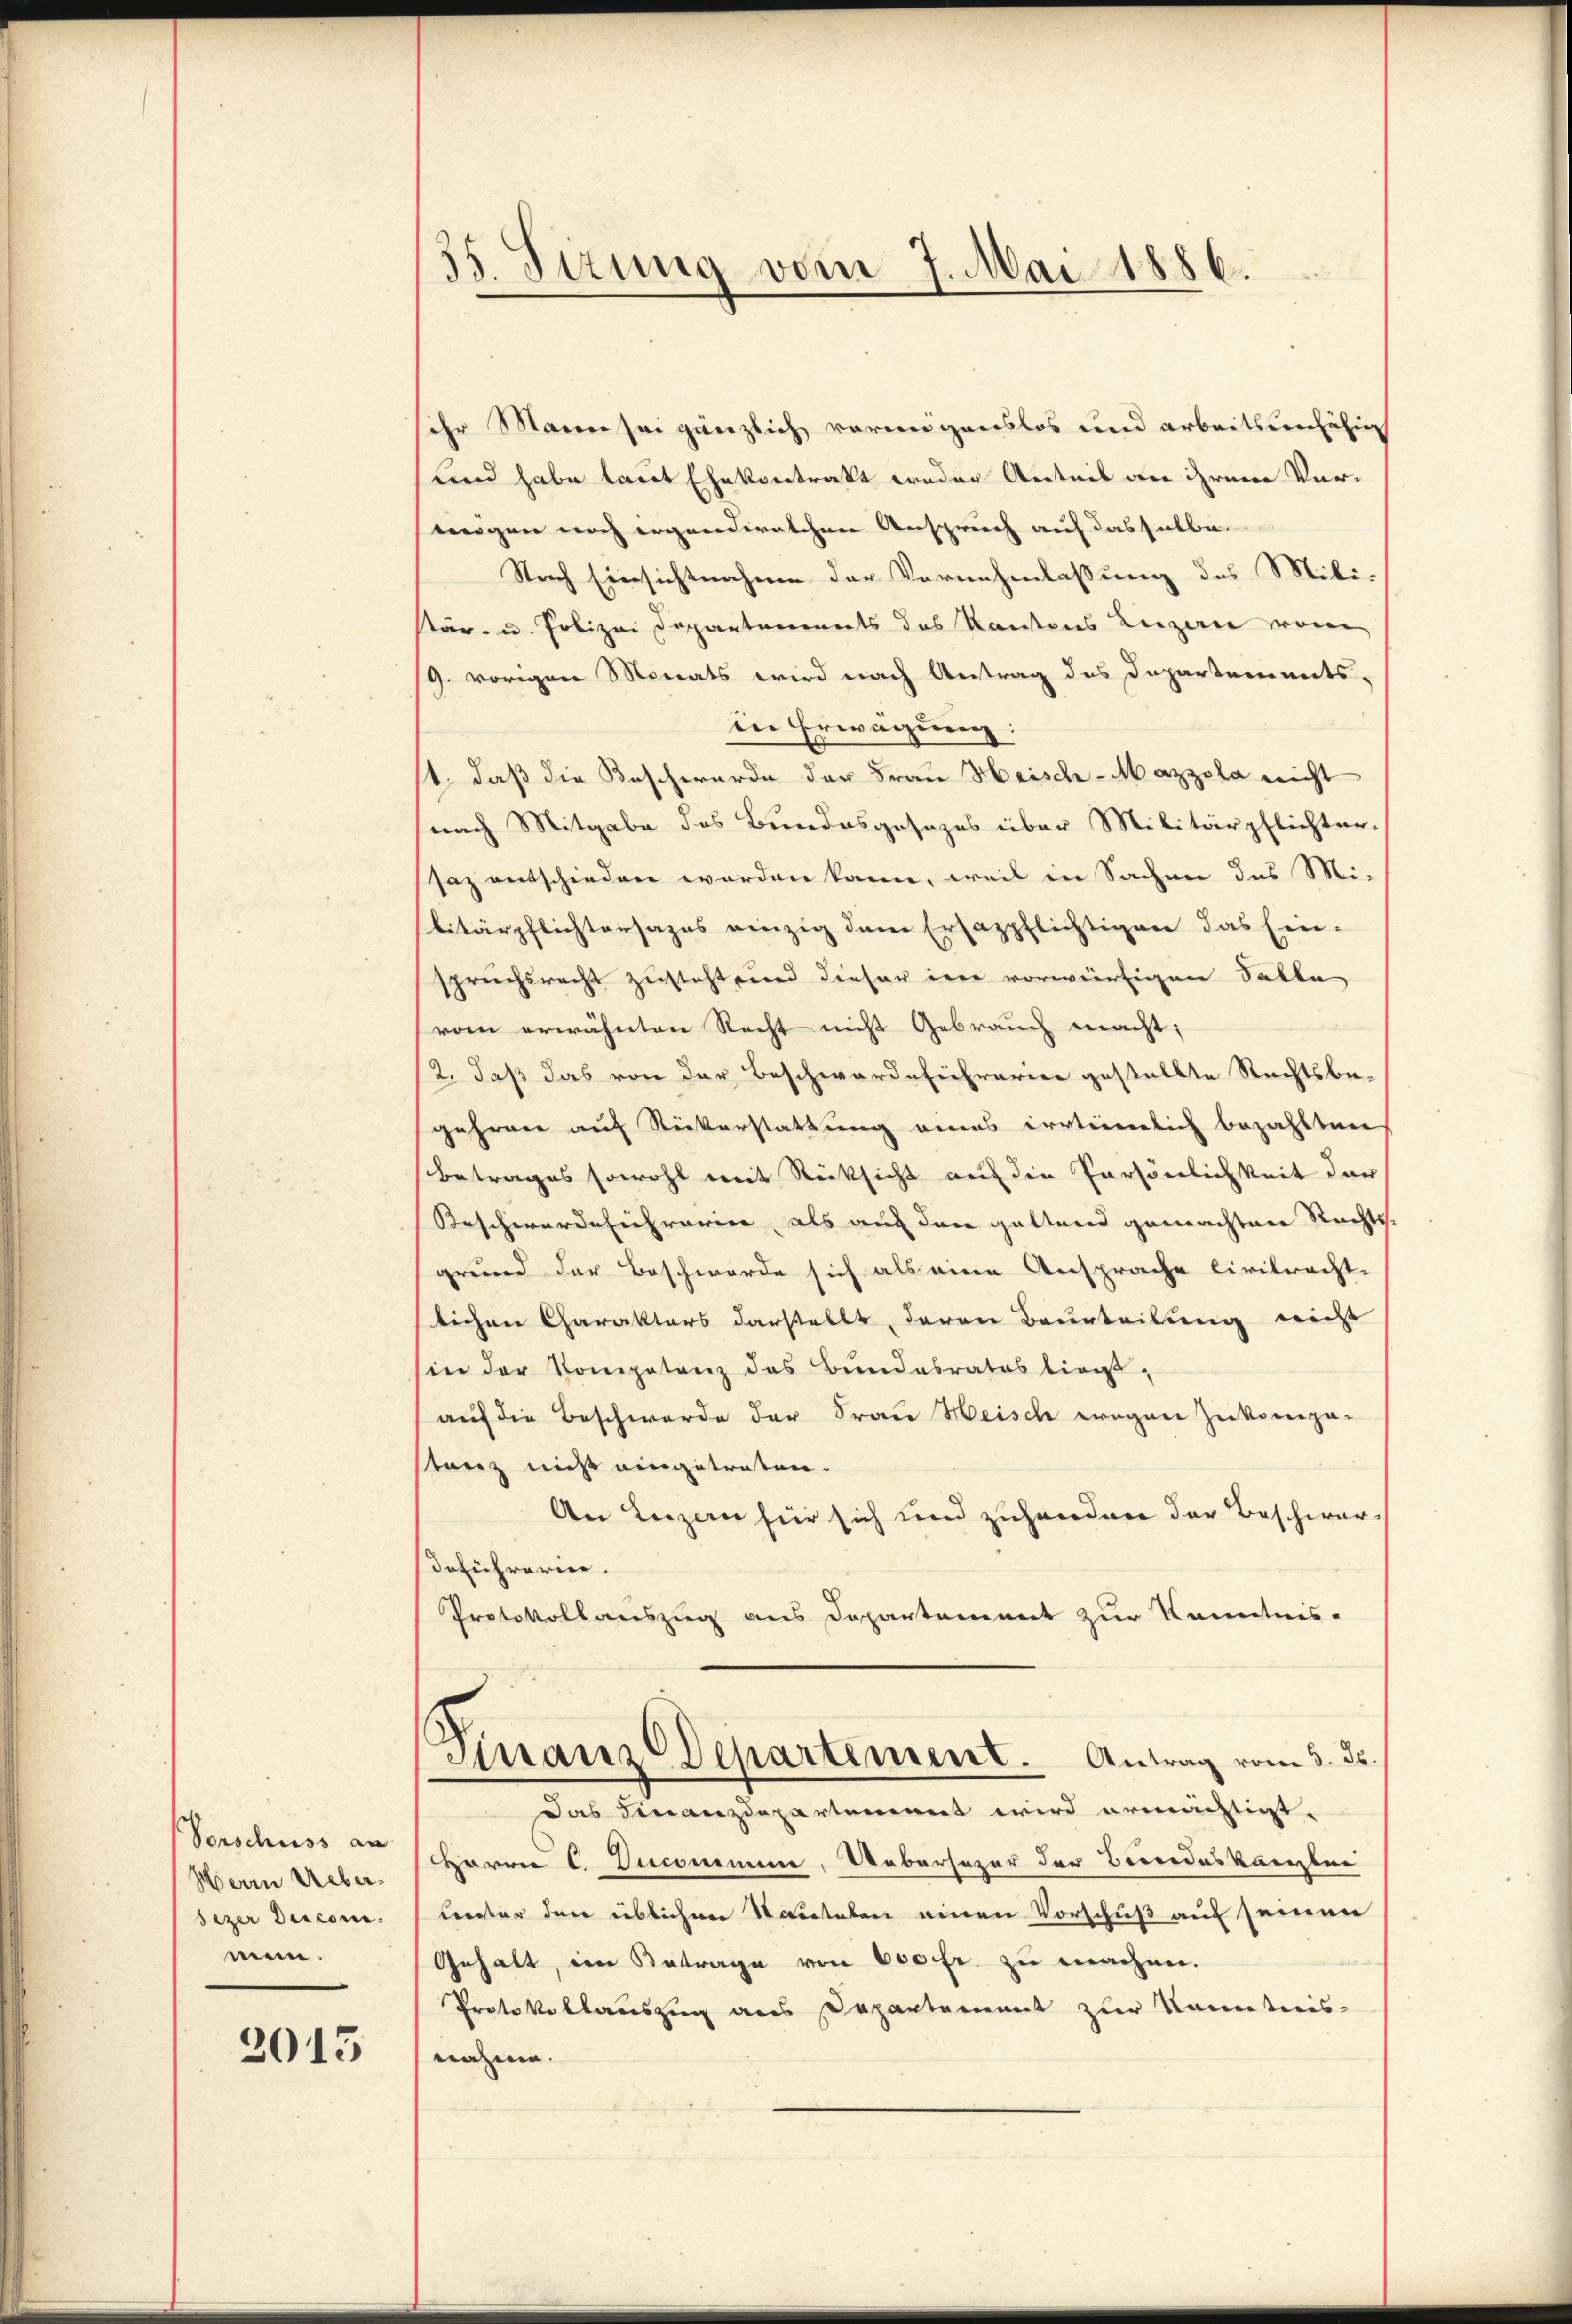
Vorschuss an
Herrn Uebersizer Decom
men.

2013

5. Sizung vom 7. Mai 1886.

ihr Marin sei gänzlich vermögenslos und arbeitsunfähig
und habe laut Ehekontrakt weder Anteil an ihrem Ver-
mögen noch ergandwelchen Anspruch auf dasselbe.
Nach Einsichtnahme der Vernehmlassung des Miti-
stär- u. Polizei Departements des Kantons Luzern von
9. vorigen Monats wird nach Antrag des Departements-
in Erwägung:
st, daß die Beschwerde der Frau Heisch-Mazzela nicht
nach Mitgabe des Bundesgesezes über Militärpflichter-
saz entschieden worden kann, weil in Sachen des Mi-
litärpflichtersages einzig dem Ersazpflichtigen das Ein-
spruchsrecht zusteht, und dieser inne vorwürtigen Salle
vom erwähnten Recht nicht Gebrauch macht;
2. daß das von der Beschwerde Eintrarier gestellte Rechtsbe-
gehren auf Rückerstattung eines irrtümlich bezahlten
Betrages sowohl mit Rücksicht auf die Persönlichkeit dar
Beschwerdehihrarier, als auf den geltend gemachten Rechts-
grund der Beschwerde sich als eine Ansprache Civilrecht-
lichen Charakters darstellt, deren Beurteilung nicht
sin der Kompetenz des Bundesrates lieauf die Beschwerde der Frau Heisch wegen zukompa-
tanz nicht eingetreten.
An Luzern für sich und zuhanden der Beschwerdeführerin.
Protokollauszug aus Departement zur Kenntnis-
Finanz Departement. Antrag vom 5. ds.
Das Finanzdepartement wird ermächtigt.
Herrn C. Ducommene, Uebersezer der Bundeskanzlei
lerter den üblichen Nauetelen einen Vorschuß auf seinen
Gehalt, im Betrage von 600 fr. zu machen.
Protokollauszug aus Departement zur Kenntnis-
nahme.